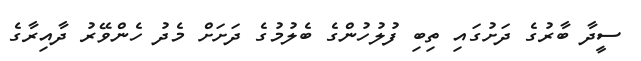
ސީދާ ބާރުގެ ދަށުގައި ތިބި ފުލުހުންގެ ބެލުމުގެ ދަށަށް މެދު ހެންވޭރު ދާއިރާގެ